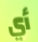
أي